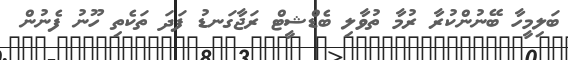
ބަލިމީހާ ބޭނުންކުރާ ރުމާ ތުވާލި ބެޑްޝީޓް ރަޖާގަނޑު ފަދަ ތަކެތި ހޫނު ފެނުން